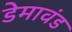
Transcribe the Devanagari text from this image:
डेमावंड